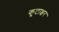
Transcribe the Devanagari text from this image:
कूटाक्षर